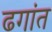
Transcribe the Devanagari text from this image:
ढगांत